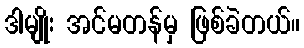
ဒါမျိုး အင်မတန်မှ ဖြစ်ခဲတယ်။